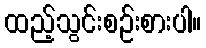
ထည့်သွင်းစဉ်းစားပါ။